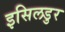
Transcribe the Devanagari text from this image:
इसिलडुर